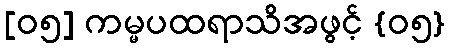
[၀၅] ကမ္မပထရာသိအဖွင့် {၀၅}